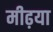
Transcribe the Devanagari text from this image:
मीढ़या